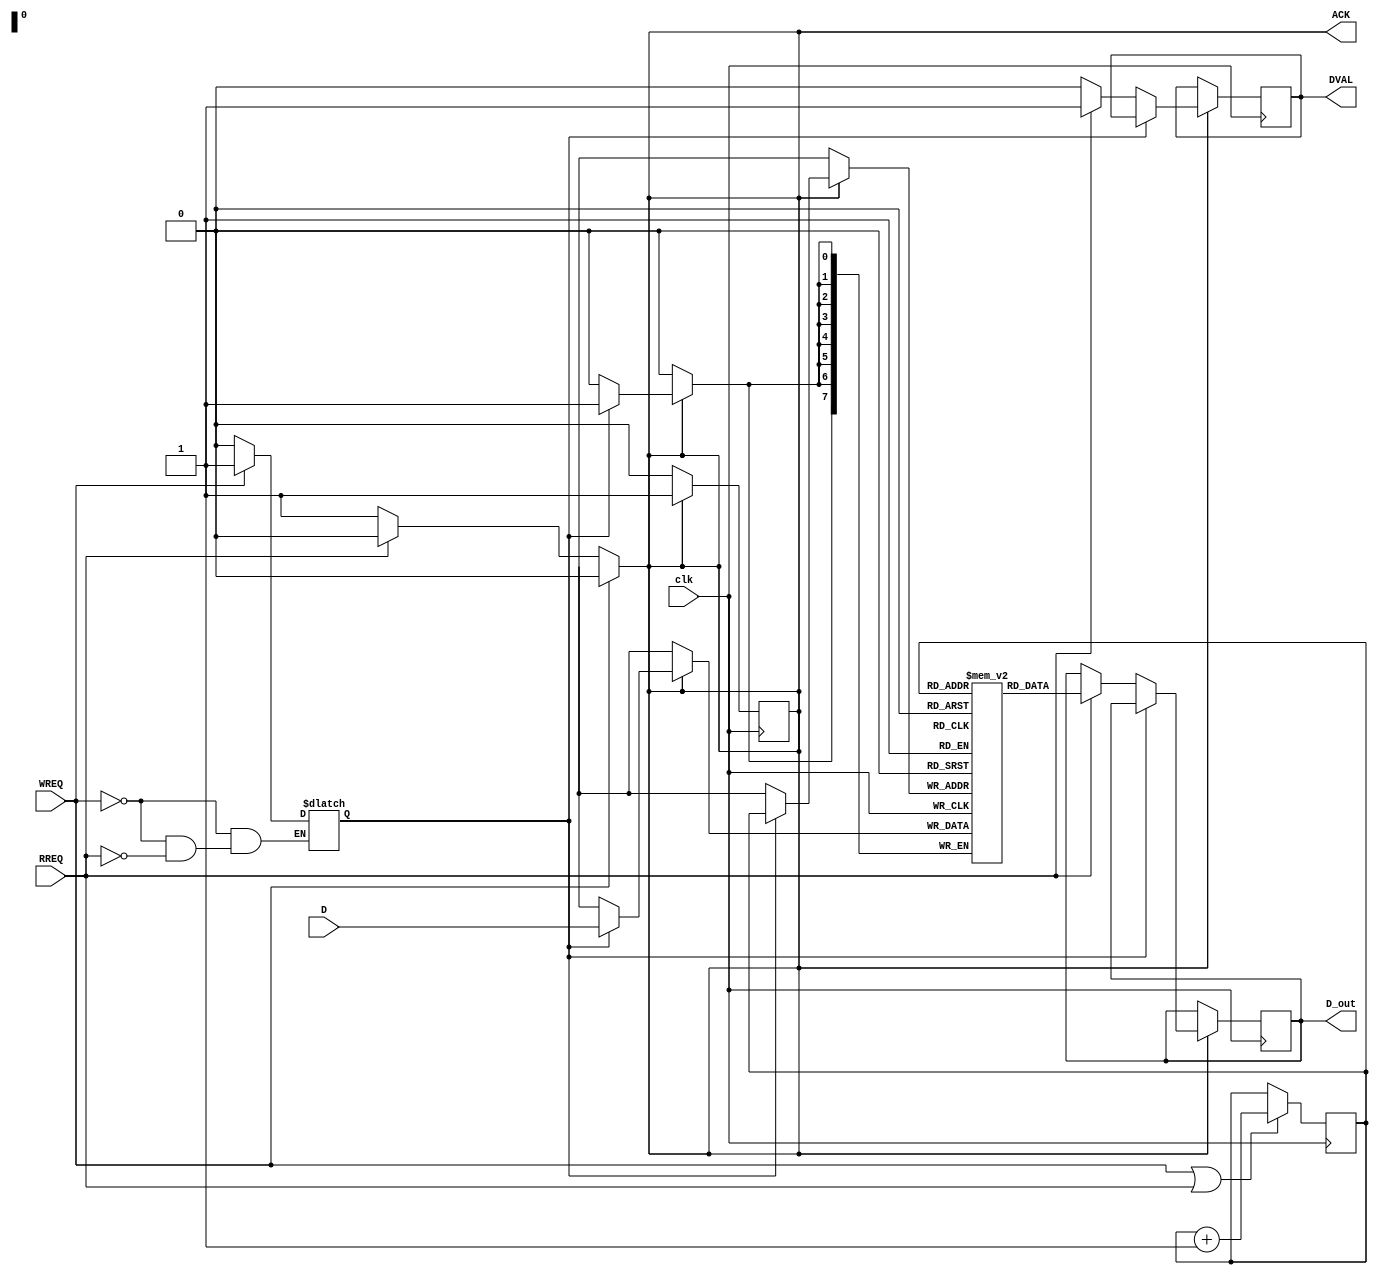
module memory_block (
    input wire clk,          // Clock signal (not used for synchronous timing)
    input wire [7:0] D,     // Data bus (8 bits)
    input wire WREQ,        // Write request from the controller
    input wire RREQ,        // Read request from the controller
    output reg ACK,         // Acknowledge signal to the controller
    output reg DVAL,        // Data valid signal to the controller
    output reg [7:0] D_out  // Output data to the controller
);
    reg [7:0] memory [0:255]; // Simple memory block (256 x 8-bit)
    reg [7:0] addr;            // Address for memory access
    reg writing;               // Flag for writing operation

    always @(*) begin
        if (WREQ) begin
            // Write operation
            ACK = 0;            // Initially not ready
            writing = 1;        // Set writing flag
        end else if (RREQ) begin
            // Read operation
            ACK = 0;            // Initially not ready
            writing = 0;        // Clear writing flag
        end else begin
            ACK = 1;            // Default to ready
        end
    end

    always @(posedge clk) begin
        if (ACK) begin
            if (writing) begin
                // Store data in memory
                memory[addr] <= D;
                ACK <= 1;      // Acknowledge write completion
            end else if (RREQ) begin
                // Prepare data for reading
                D_out <= memory[addr]; // Read from memory
                DVAL <= 1;             // Indicate data is valid
            end else begin
                DVAL <= 0;             // Clear DVAL
            end
        end
    end

    // Addressing logic (for simplicity, assume addr is provided externally)
    always @(posedge clk) begin
        if (WREQ || RREQ) begin
            // Assume address is being set somehow; here we just reset it
            addr <= addr + 1; // Increment address for demo purpose
        end
    end
endmodule